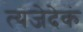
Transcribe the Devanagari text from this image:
त्यजेदेकं